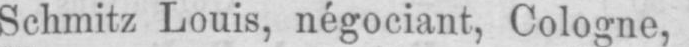
Schmitz Louis, négociant, Cologne,